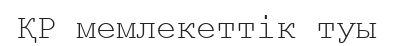
ҚР мемлекеттік туы